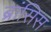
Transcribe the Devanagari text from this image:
ब्रांसिस